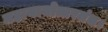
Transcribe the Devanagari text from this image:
महायानोत्तरतंत्र।